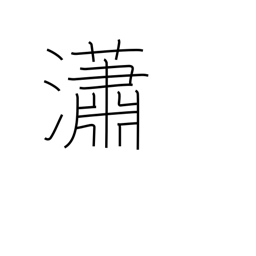
Meaning: pure